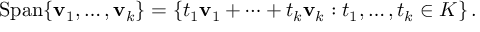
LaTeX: { \mathrm { S p a n } } \{ \mathbf { v } _ { 1 } , \ldots , \mathbf { v } _ { k } \} = \left\{ t _ { 1 } \mathbf { v } _ { 1 } + \cdots + t _ { k } \mathbf { v } _ { k } : t _ { 1 } , \ldots , t _ { k } \in K \right\} .